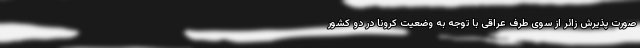
صورت پذیرش زائر از سوی طرف عراقی با توجه به وضعیت کرونا در دو کشور